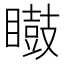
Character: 𭿢